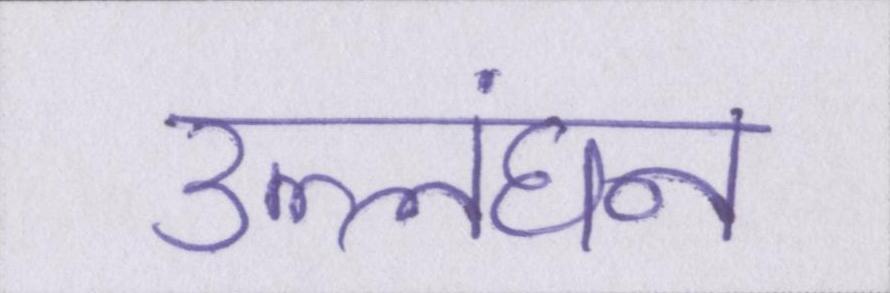
उल्लंघन